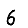
Digit: 6